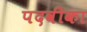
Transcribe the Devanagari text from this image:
पदवीका